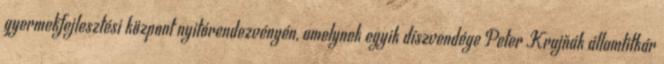
gyermekfejlesztési központ nyitórendezvényén, amelynek egyik díszvendége Peter Krajňák államtitkár